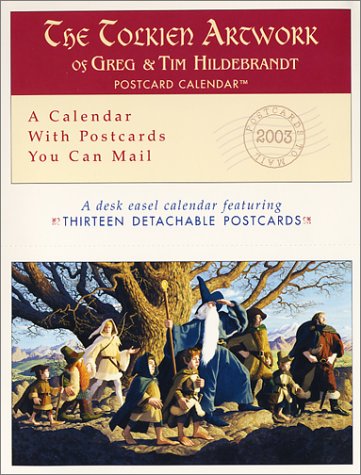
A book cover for The Tolkien Artwork: 2003 Postcard Calendar; Greg Hildebrandt; Calendars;